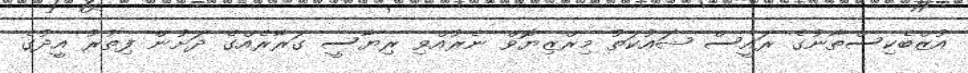
އުޒްބެކިސްތާނުގެ ރައީސް ޝައުކަތު މިރްޒިޔޮވް ނެރުއްވި ރިޔާސީ ގަރާރެއްގެ ދަށުން ފިތުރު އީދުގެ